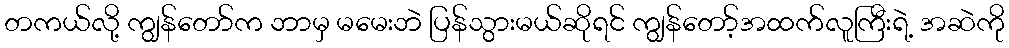
တကယ်လို့ ကျွန်တော်က ဘာမှ မမေးဘဲ ပြန်သွားမယ်ဆိုရင် ကျွန်တော့်အထက်လူကြီးရဲ့ အဆဲကို